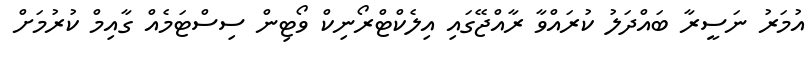
އުމަރު ނަސީރާ ބައްދަލު ކުރައްވާ ރާއްޖޭގައި އިލެކްޓްރޯނިކް ވޯޓިން ސިސްޓަމެއް ގާއިމް ކުރުމަށް